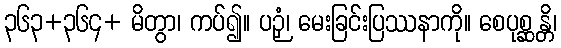
၃၆၃+၃၆၄+ မိတွာ၊ ကပ်၍။ ပဉှံ၊ မေးခြင်းပြဿနာကို။ စေပုစ္ဆန္တိ၊